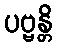
ပဗ္ဗန္တိ